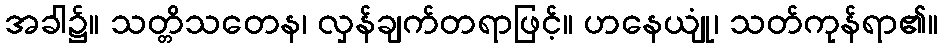
အခါ၌။ သတ္တိသတေန၊ လှန်ချက်တရာဖြင့်။ ဟနေယျုံ၊ သတ်ကုန်ရာ၏။